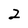
Character: 2